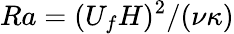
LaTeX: Ra=(U_{f}H)^{2}/(\nu\kappa)